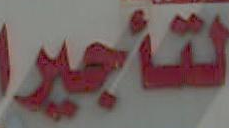
لتأجير